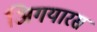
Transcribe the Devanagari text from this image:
अिगयारस